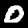
Digit: 0